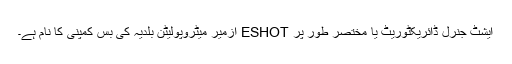
ایشٹ جنرل ڈائریکٹوریٹ یا مختصر طور پر ESHOT ازمیر میٹروپولیٹن بلدیہ کی بس کمپنی کا نام ہے۔